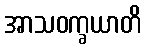
အာသဝက္ခယာတိ